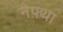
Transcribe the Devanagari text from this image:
नैफ़्था